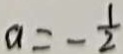
a = - \frac { 1 } { 2 }